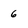
Character: 6